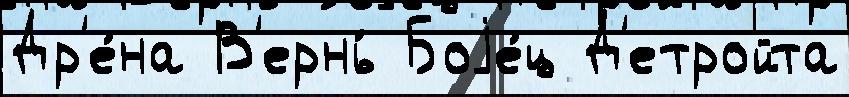
Др'е́на В'ернь́ Боjе́ц Д'етройта